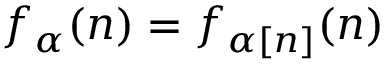
f _ { \alpha } ( n ) = f _ { \alpha [ n ] } ( n )